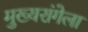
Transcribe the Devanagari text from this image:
मुख्यरांगेला